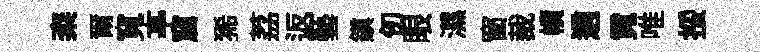
粢爾寬𠅘窟狶荔返藝鎭仞眼濕窗裁幘適霓唯挼